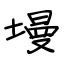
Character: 墁